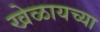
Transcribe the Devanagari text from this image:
खेळायच्या